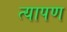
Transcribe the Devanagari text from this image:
त्यापण